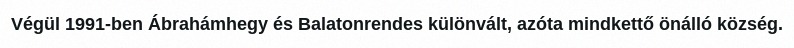
Végül 1991-ben Ábrahámhegy és Balatonrendes különvált, azóta mindkettő önálló község.